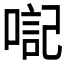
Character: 𪡴